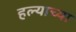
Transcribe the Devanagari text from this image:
हल्याच्या